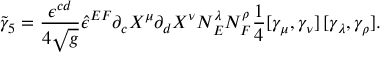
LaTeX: { \tilde { \gamma } _ { 5 } } = { \frac { \epsilon ^ { c d } } { 4 \sqrt { g } } } { \hat { \epsilon } ^ { E F } } \partial _ { c } X ^ { \mu } \partial _ { d } X ^ { \nu } N _ { E } ^ { \lambda } N _ { F } ^ { \rho } \frac 1 4 [ \gamma _ { \mu } , \gamma _ { \nu } ] \, [ \gamma _ { \lambda } , \gamma _ { \rho } ] .